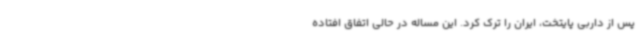
پس از داربی پایتخت، ایران را ترک کرد. این مساله در حالی اتفاق افتاده